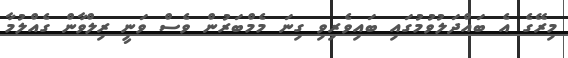
މިރޭގެ އެ ބައްދަލުވުމުގައި ބައިވެރިވި ގިނަ މެމްބަރުން ވެސް ވަނީ ރިލްވާން ގެއްލުމާ